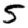
Digit: 5